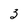
Character: 3